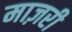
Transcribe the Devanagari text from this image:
माज़री